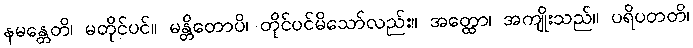
နမန္တေတိ၊ မတိုင်ပင်။ မန္တိတောပိ၊ တိုင်ပင်မိသော်လည်း။ အတ္ထော၊ အကျိုးသည်။ ပရိပတတိ၊